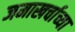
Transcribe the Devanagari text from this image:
जमाखर्चाच्या